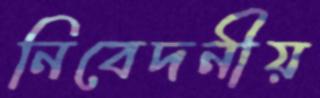
নিবেদনীয়